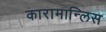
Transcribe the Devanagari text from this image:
कारामान्लिस